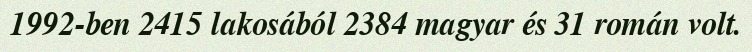
1992-ben 2415 lakosából 2384 magyar és 31 román volt.